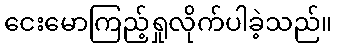
ငေးမောကြည့်ရှုလိုက်ပါခဲ့သည်။